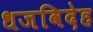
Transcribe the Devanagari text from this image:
धजविदेह